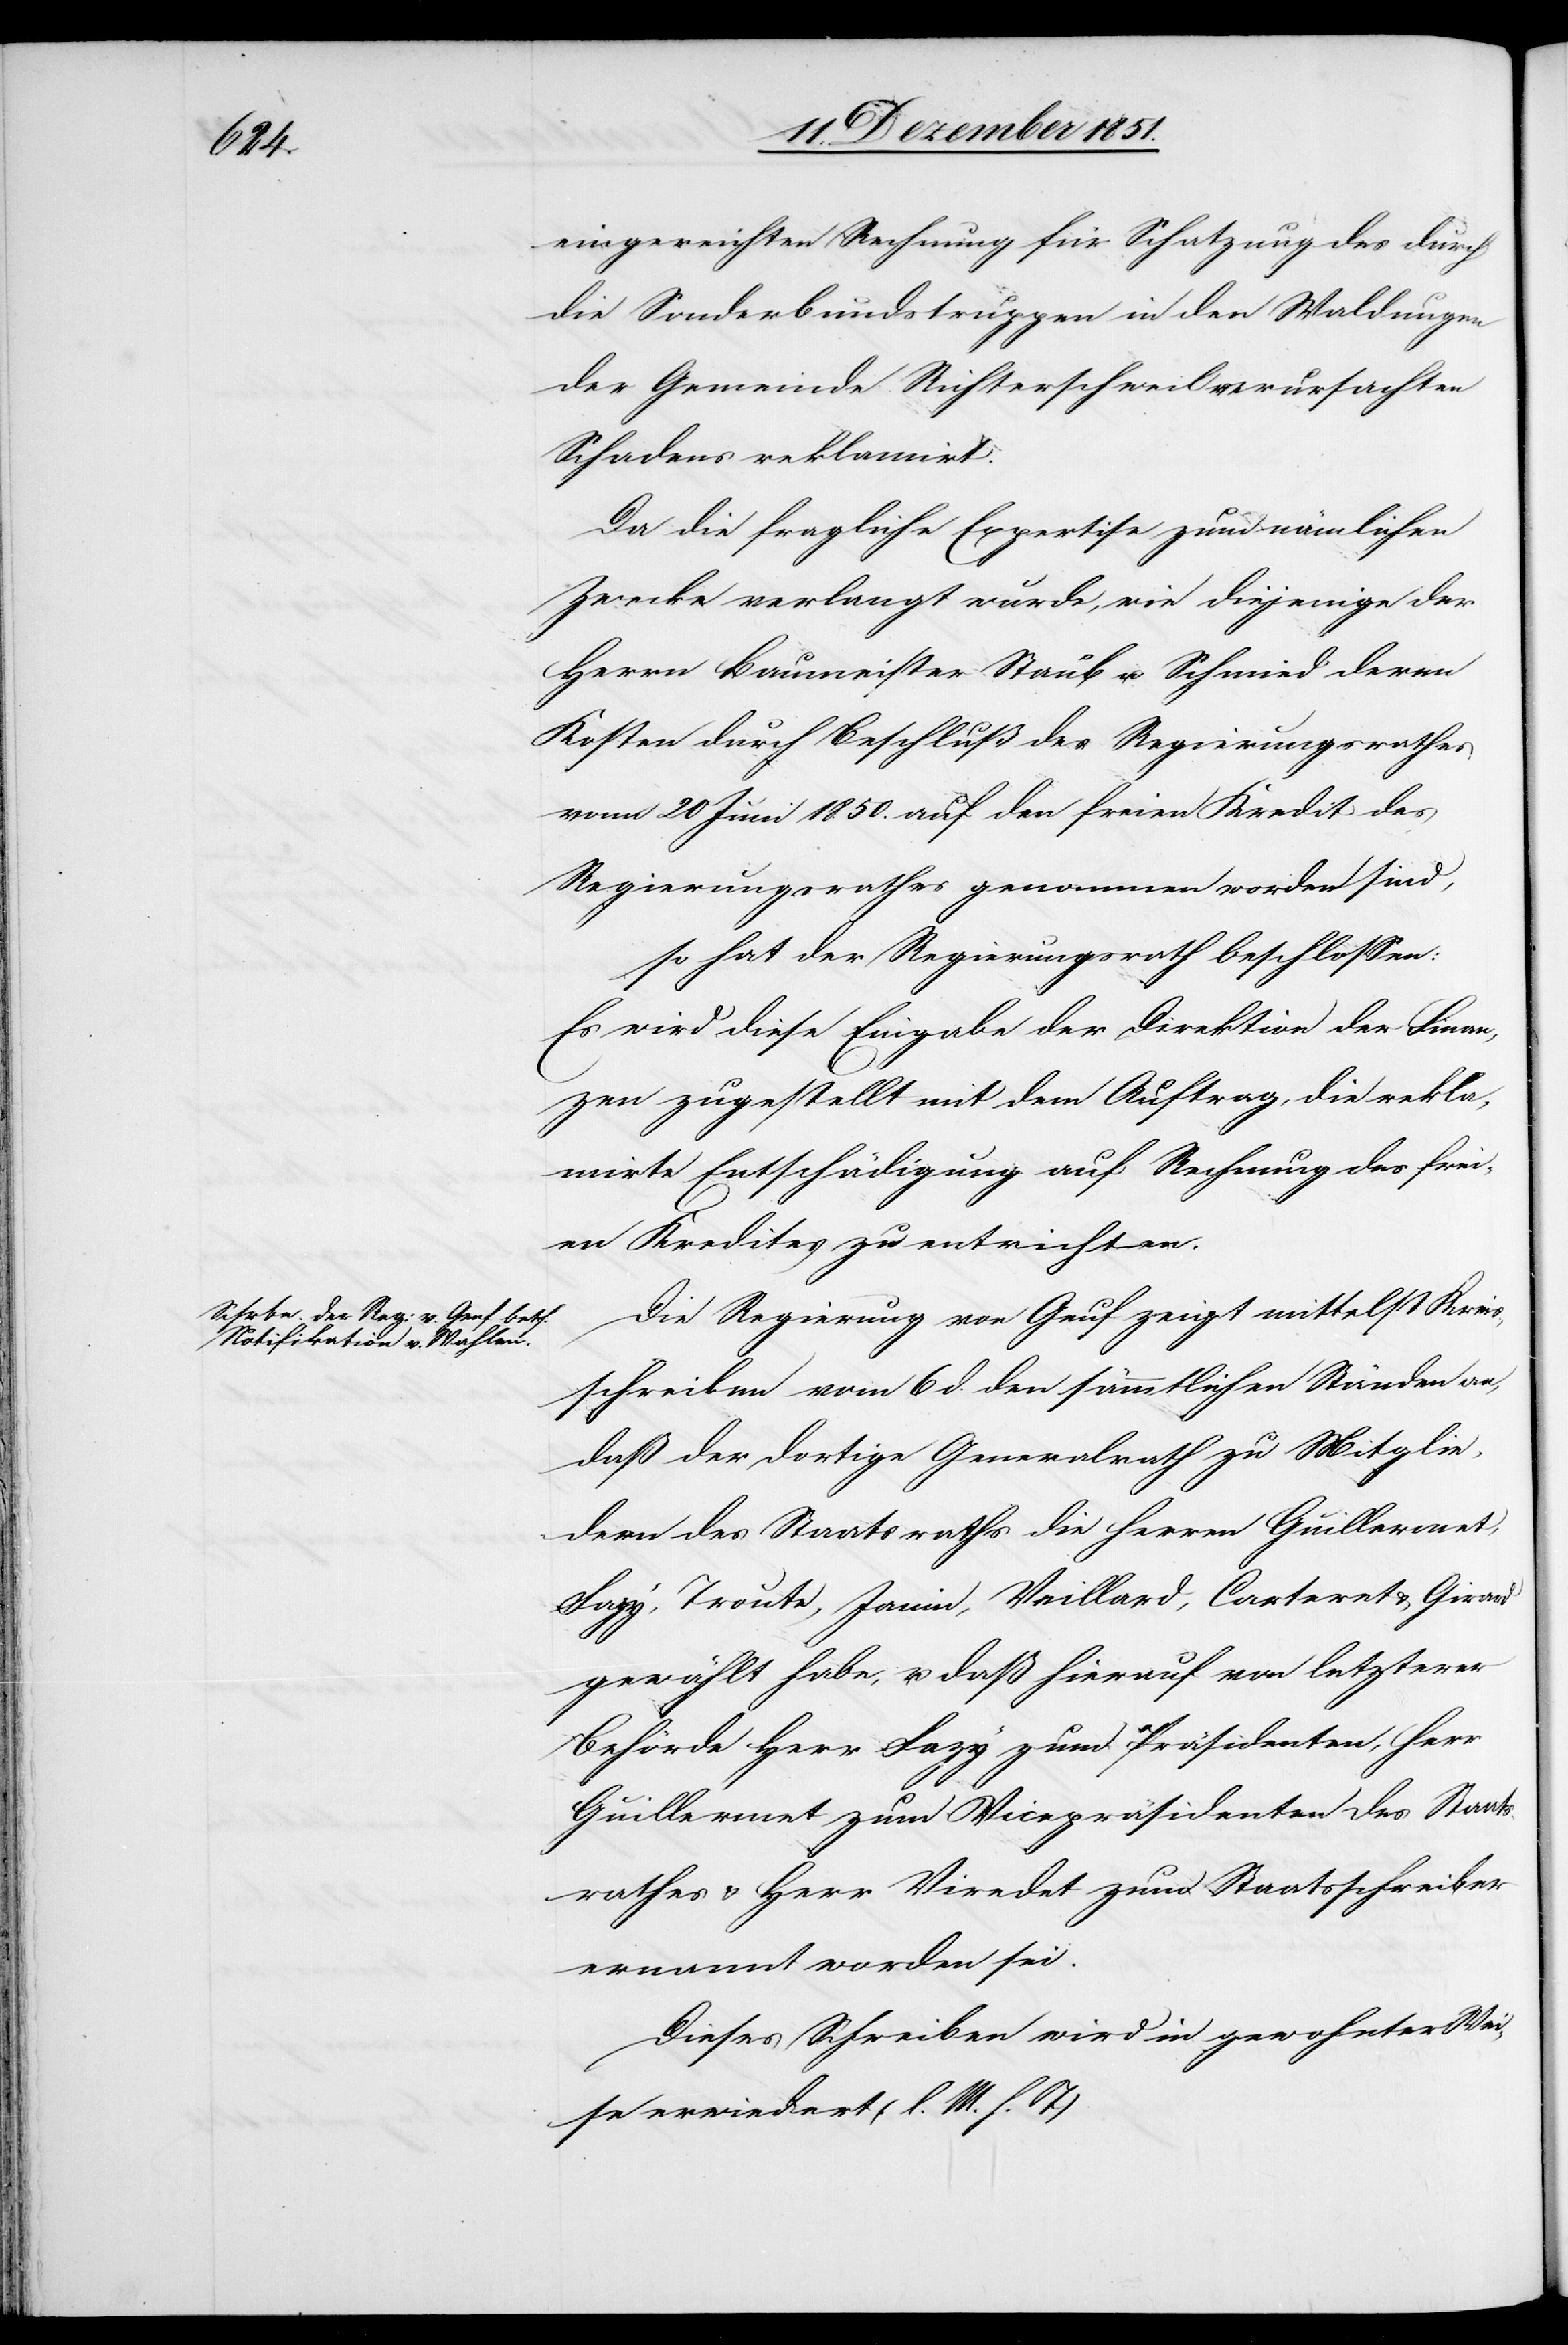
eingereichten Rechnung für Schatzung des durch
die Sonderbundstruppen in den Waldungen
der Gemeinde Richterschweil verursachten
Schadens reklamirt.
Da die fragliche Expertise zum nämlichen
Zwecke verlangt wurde, wie diejenige der
Herrn Baumeister Staub u. Schmied deren
Kosten durch Beschluß des Regierungsrathes
vom 20 Juni 1850. auf den freien Kredit des
Regierungsrathes genommen worden sind,
so hat der Regierungsrath beschlossen:
Es wird diese Eingabe der Direktion der Finan¬
zen zugestellt mit dem Auftrag, die rekla¬
mirte Entschädigung auf Rechnung des frei¬
en Kredites zu entrichten.
Die Regierung von Genf zeigt mittelst Kreis¬
schreiben vom 6 d. den sämmtlichen Ständen an,
daß der dortige Generalrath zu Mitglie¬
dern des Staatsraths die Herren Guillermet,
Fazy, Troute, Janin, Vaillard, Carteret & Girard
gewählt habe, u. daß hierauf von letzterer
Behörde Herr Fazy zum Präsidenten, Herr
Guillermet zum Vicepräsidenten des Staats¬
rathes & Herr Viredet zum Staatsschreiber
ernannt worden sei.
Dieses Schreiben wird in gewohnter Wei¬
se erwiedert (l. M. h. T)[.]